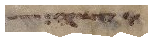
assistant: וקדש